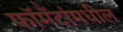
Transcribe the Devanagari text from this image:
फॉर्मॅटांमधील